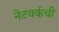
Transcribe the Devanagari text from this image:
नेटवर्कची